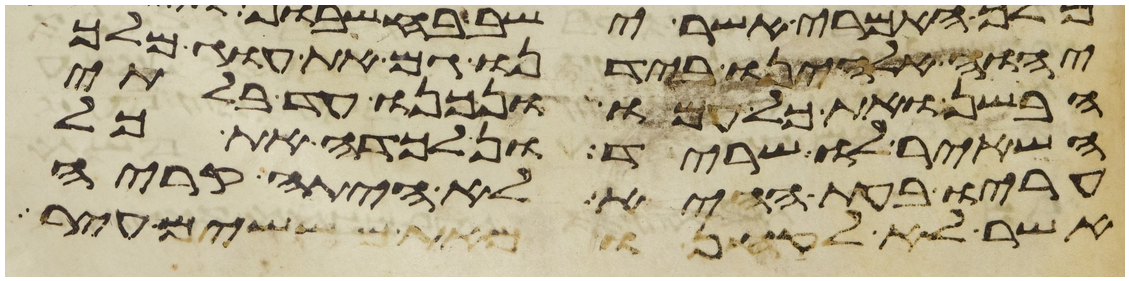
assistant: יהוה אלהינו בידנו גם את עוג מלך
הבשן ואת כל עמו ונכנו עד בלתי
השאיר לו שריד ונלכדה את כל
עריו בעת ההיא לא היתה קריה
אשר לא לקחנו מאתם ששים עיר